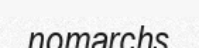
nomarchs